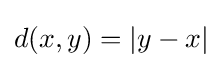
d(x,y)=|y-x|